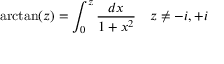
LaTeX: \arctan ( z ) = \int _ { 0 } ^ { z } { \frac { d x } { 1 + x ^ { 2 } } } \quad z \neq - i , + i